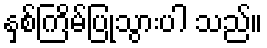
နှစ်ကြိမ်ပြုသွားပါ သည်။